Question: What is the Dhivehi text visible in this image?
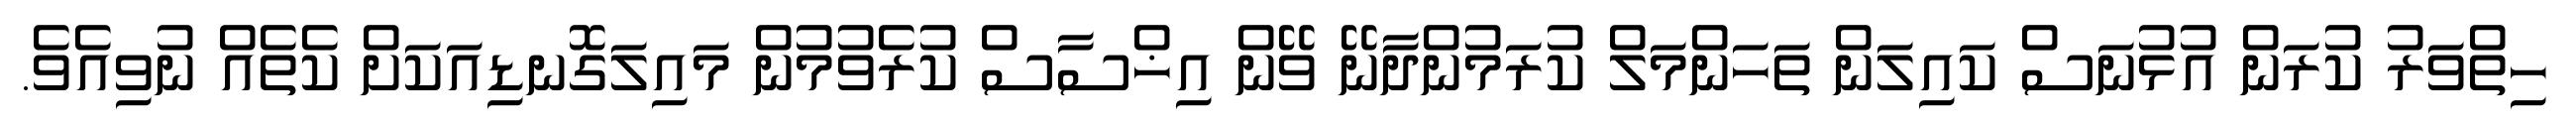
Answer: ހިތްވަރު ކުރަން އުޅުނަސް ކައިލަން ތަހަންމަލް ކުރަމުންދާނޭ ވޭން އިޚްސާސް ކުރެވުމުން މައިލަގޮނޑިއަކަށް ކެތެއް ނުވިއެވެ.